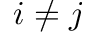
i \neq j